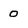
Character: 0